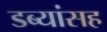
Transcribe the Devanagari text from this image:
डब्यांसह